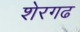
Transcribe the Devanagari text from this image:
शेरगढ